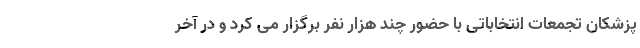
پزشکان تجمعات انتخاباتی با حضور چند هزار نفر برگزار می کرد و در آخر